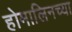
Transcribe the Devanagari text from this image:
होमालिनच्या